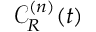
{ \mathcal C } _ { R } ^ { ( n ) } ( t )